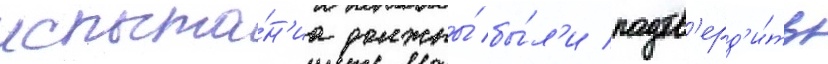
испыта́н'иа должны́ бы́л'и подтв'ерд'и́ть